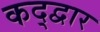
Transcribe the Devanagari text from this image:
कद्द्वार